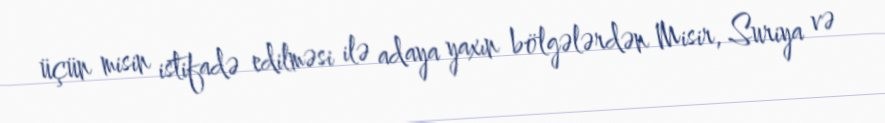
üçün misin istifadə edilməsi ilə adaya yaxın bölgələrdən Misir, Suriya və